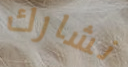
نشارك